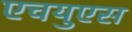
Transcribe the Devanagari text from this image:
एचयुएस